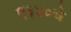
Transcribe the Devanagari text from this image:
ए३४०चे